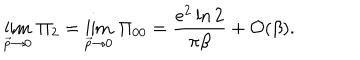
LaTeX: \lim _ { \vec { p } \rightarrow 0 } \, \Pi _ { 2 } = \lim _ { \vec { p } \rightarrow 0 } \, \Pi _ { 0 0 } = { \frac { e ^ { 2 } \ln 2 } { \pi \beta } } + { \cal O } ( \beta ) .